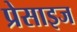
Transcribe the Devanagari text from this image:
प्रेसाइज